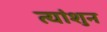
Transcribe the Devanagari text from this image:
त्यांशुन